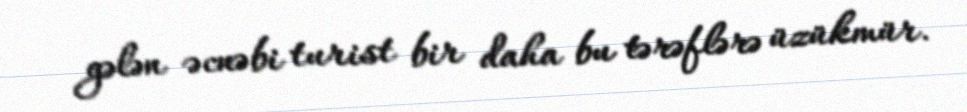
gələn əcnəbi turist bir daha bu tərəflərə üzükmür.